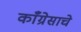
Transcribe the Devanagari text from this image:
काँग्रेसाचे